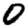
Digit: 0